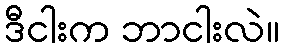
ဒီငါးက ဘာငါးလဲ။